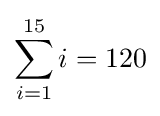
\sum _{i=1}^{15}i=120